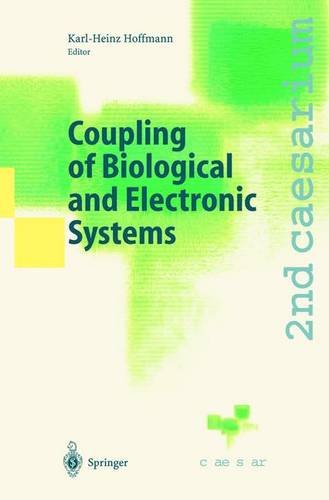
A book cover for Coupling of Biological and Electronic Systems; Science & Math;